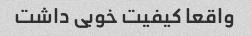
واقعا کیفیت خوبی داشت